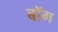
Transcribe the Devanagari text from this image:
बॉग